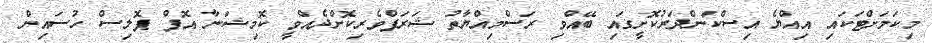
މިކަމަށްޓަކައި އިއްޔެ އިސްކަންދަރުކޮށީގައި ބޭއްވި ރަސްމިއްޔާތު ޝަރަފްވެރިކޮށްދެއްވީ ކޮމިޝަނާ އޮފް ޕޮލިސް ހުސައިން